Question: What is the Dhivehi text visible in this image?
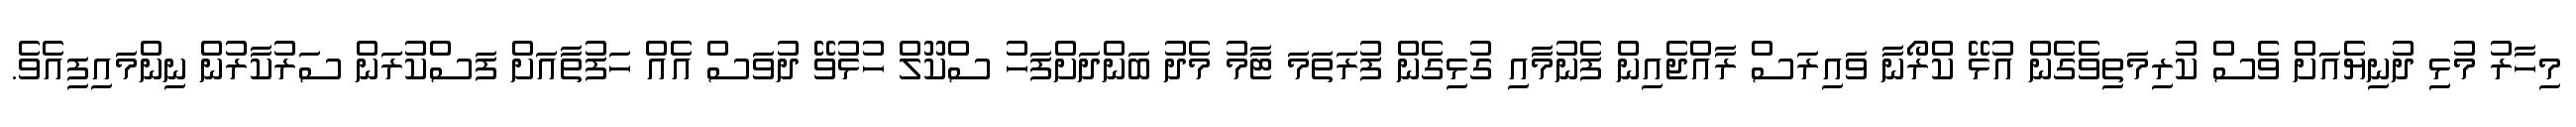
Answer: މިހާރު މުޅިި ދުނިޔެއަށް ވެސް ކުރިމަތިވެގެން އުޅޭ ކްރޯނާ ވައިރަސް ރާއްޖެއިން ފެނުމާއި ގުޅިގެން ފުރަތަމަ ޓާމު މެދު ބަންދަށްފަހު ސްކޫލް ހުޅުވޭ ދުވަސް އެއް ހަފުތާއަށް ފަސްކުރަން ސަރުކާރުން ނިންމައިފިއެވެ.